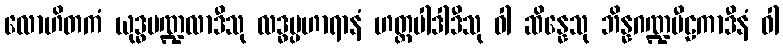
လောဟိတကံ ယုဒ္ဓမဏ္ဍလာဒီသု လဒ္ဓပ္ပဟာရာနံ ဟတ္ထပါဒါဒီသု ဝါ ဆိန္နေသု ဘိန္နဂဏ္ဍပီဠကာဒီနံ ဝါ